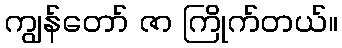
ကျွန်တော် ဇာ ကြိုက်တယ်။